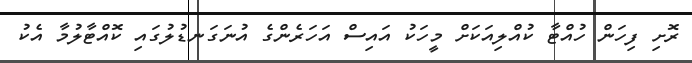
ރޮށި ފިހަން ހުއްޓާ ކުއްލިއަކަށް މީހަކު އައިސް އަހަރެންގެ އުނަގަނޑުލުގައި ކޮއްޓާލުމާ އެކު